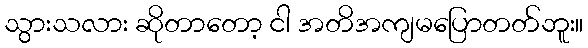
သွားသလား ဆိုတာတော့ ငါ အတိအကျမပြောတတ်ဘူး။